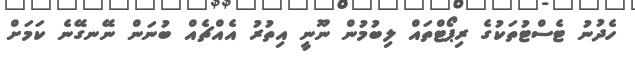
ހެދުނު ޓެސްޓުތަކުގެ ރިޕޯޓްތައް ލިބުމުން ނޫނީ އިތުރު އެއްޗެއް ބުނަން ނޭނގޭނެ ކަމަށް